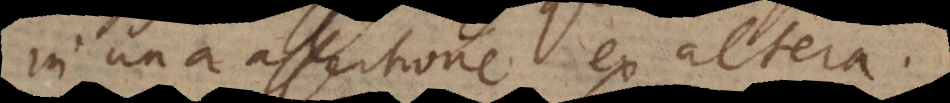
in una assertione ex altera.